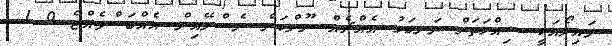
މައިލޯއަކީ ސިއްހަތަށް ރަނގަޅު އެއްޗެއް ނޫންކަން ނެސްލޭއިން އެއްބަސްވެއްޖެ 0 1